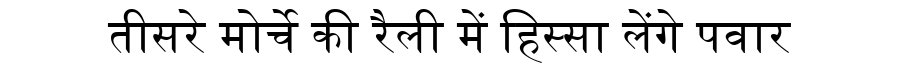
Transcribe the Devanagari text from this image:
तीसरे मोर्चे की रैली में हिस्सा लेंगे पवार